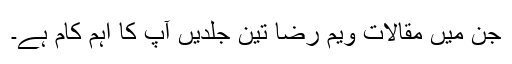
جن میں مقالات ویم رضا تین جلدیں آپ کا اہم کام ہے۔